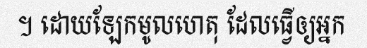
។ ដោយឡែកមូលហេតុ ដែលធ្វើឲ្យអ្នក